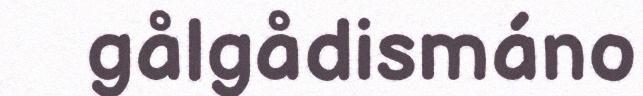
gålgådismáno